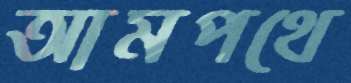
আমপথে